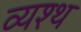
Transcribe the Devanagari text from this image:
व्यश्थ